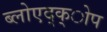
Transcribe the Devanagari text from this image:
ब्लोएद्क्ोप